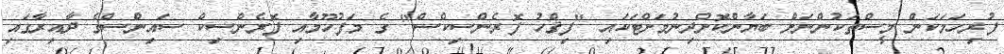
ފުރިހަމަކަން މީސްތަކުންނަށް ބަޔާންކޮށްދިނުމަށްޓަކައި "ފިޤްހު ފޮރެންސިކްސް" ގެ މަފުހޫމާއި ފޮރެންސިކް ސައިންސްގެ ދާއިރާގައި